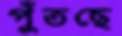
পুঁতছে